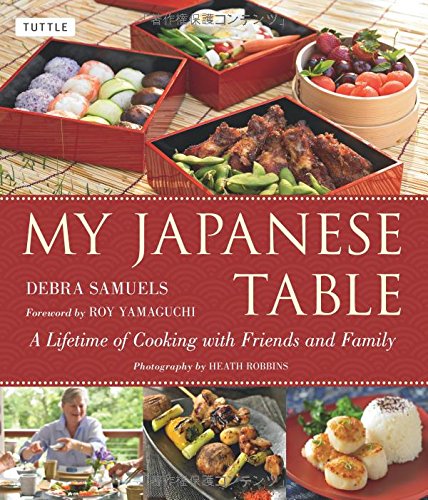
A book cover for My Japanese Table: A Lifetime of Cooking with Friends and Family; Debra Samuels; Cookbooks, Food & Wine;